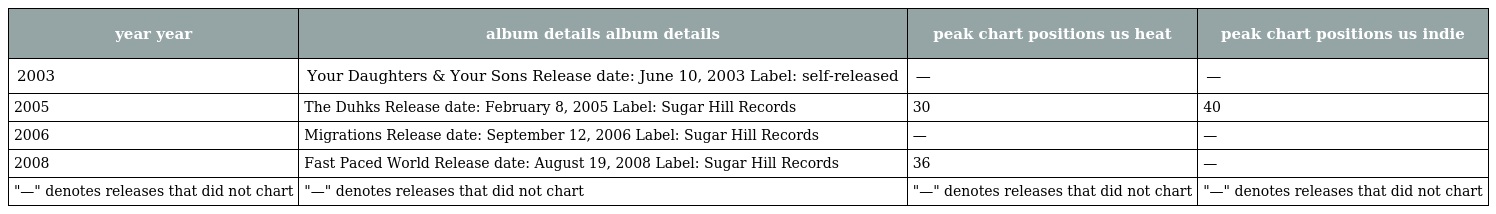
| year year | album details album details | peak chart positions us heat | peak chart positions us indie |
 | --- | --- | --- | --- |
 | 2003 | Your Daughters & Your Sons Release date: June 10, 2003 Label: self-released | — | — |
 | 2005 | The Duhks Release date: February 8, 2005 Label: Sugar Hill Records | 30 | 40 |
 | 2006 | Migrations Release date: September 12, 2006 Label: Sugar Hill Records | — | — |
 | 2008 | Fast Paced World Release date: August 19, 2008 Label: Sugar Hill Records | 36 | — |
 | "—" denotes releases that did not chart | "—" denotes releases that did not chart | "—" denotes releases that did not chart | "—" denotes releases that did not chart |